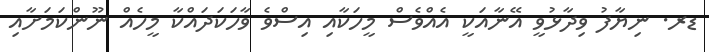
ޑރ. ނިޔާފު ވިދާޅުވީ އޭނާއަކީ އެއްވެސް މީހަކާއި އިސްވެ ވާހަކަދައްކާ މީހެއް ނޫންކަމަށާއި